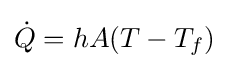
{\dot {Q}}=hA(T-T_{f})